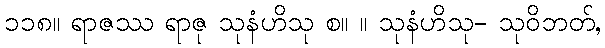
၁၁၈။ ရာဇဿ ရာဇု သုနံဟိသု စ။ ။ သုနံဟိသု- သုဝိဘတ်,